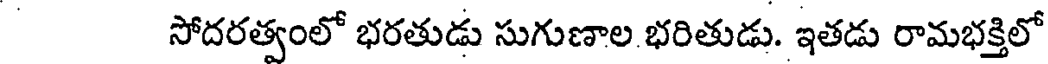
సోదరత్వంలో భరతుడు సుగుణాల భరితుడు. ఇతడు రామభక్తిలో